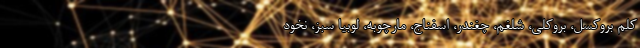
کلم بروکسل، بروکلی، ‌شلغم، چغندر، اسفناج، مارچوبه، لوبیا سبز، نخود